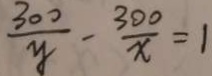
\frac { 3 0 0 } { y } - \frac { 3 0 0 } { x } = 1